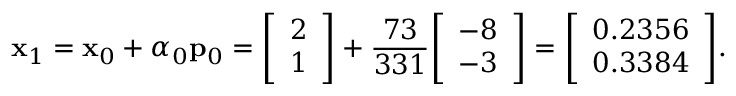
\mathbf { x } _ { 1 } = \mathbf { x } _ { 0 } + \alpha _ { 0 } \mathbf { p } _ { 0 } = { \left[ \begin{array} { l } { 2 } \\ { 1 } \end{array} \right] } + { \frac { 7 3 } { 3 3 1 } } { \left[ \begin{array} { l } { - 8 } \\ { - 3 } \end{array} \right] } = { \left[ \begin{array} { l } { 0 . 2 3 5 6 } \\ { 0 . 3 3 8 4 } \end{array} \right] } .